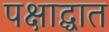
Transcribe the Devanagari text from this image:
पक्षाद्घात